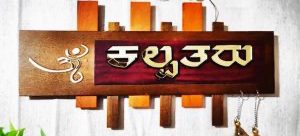
Language: kannada
Transcription: ಕಲ್ಪತರು